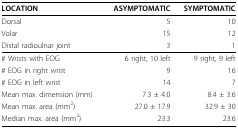
<table><thead><tr><td><b>LOCATION</b></td><td><b>ASYMPTOMATIC</b></td><td><b>SYMPTOMATIC</b></td></tr></thead><tbody><tr><td>Dorsal</td><td>5</td><td>10</td></tr><tr><td>Volar</td><td>15</td><td>12</td></tr><tr><td>Distal radioulnar joint</td><td>3</td><td>1</td></tr><tr><td># Wrists with EOG</td><td>6 right, 10 left</td><td>9 right, 9 left</td></tr><tr><td># EOG in right wrist</td><td>9</td><td>16</td></tr><tr><td># EOG in left wrist</td><td>14</td><td>7</td></tr><tr><td>Mean max. dimension (mm)</td><td>7.3 ± 4.0</td><td>8.4 ± 3.6</td></tr><tr><td>Mean max. area (mm<sup>2</sup>)</td><td>27.0 ± 17.9</td><td>32.9 ± 30</td></tr><tr><td>Median max. area (mm<sup>2</sup>)</td><td>23.3</td><td>23.6</td></tr></tbody></table>